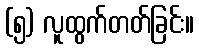
(၅) လူထွက်တတ်ခြင်း။